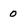
Character: 0